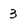
Character: 3